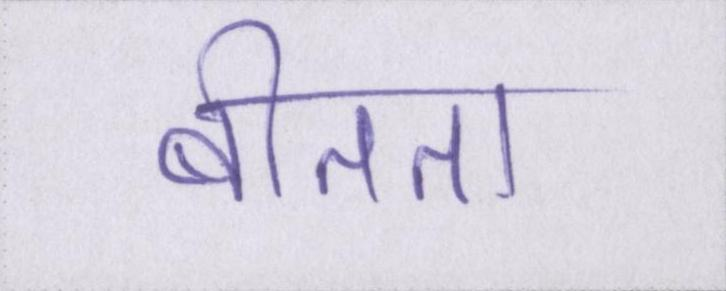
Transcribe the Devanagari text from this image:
बीतता